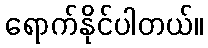
ရောက်နိုင်ပါတယ်။